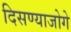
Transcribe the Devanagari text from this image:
दिसण्याजोगे